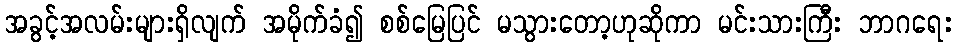
အခွင့်အလမ်းများရှိလျက် အမိုက်ခံ၍ စစ်မြေပြင် မသွားတော့ဟုဆိုကာ မင်းသားကြီး ဘာဂရေး